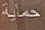
حماية